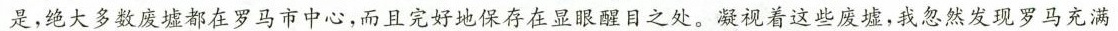
是，绝大多数废墟都在罗马市中心，而且完好地保存在显眼醒目之处。凝视着这些废墟，我忽然发现罗马充满